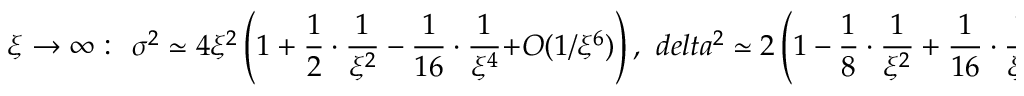
\xi \rightarrow \infty : \ \ \sigma ^ { 2 } \simeq 4 \xi ^ { 2 } \left( 1 + \frac { 1 } { 2 } \cdot \frac { 1 } { \xi ^ { 2 } } - \frac { 1 } { 1 6 } \cdot \frac { 1 } { \xi ^ { 4 } } { + \cal O } ( 1 / \xi ^ { 6 } ) \right) , \ \, d e l t a ^ { 2 } \simeq 2 \left( 1 - \frac { 1 } { 8 } \cdot \frac { 1 } { \xi ^ { 2 } } + \frac { 1 } { 1 6 } \cdot \frac { 1 } { \xi ^ { 4 } } + { \cal O } ( 1 / \xi ^ { 6 } ) \right) ,